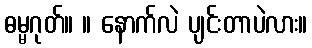
ဓမ္မဂုတ်။ ။ နောက်လဲ ပျင်းတာပဲလား။